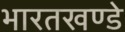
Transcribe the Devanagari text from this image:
भारतखण्डे